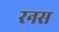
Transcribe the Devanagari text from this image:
रनस